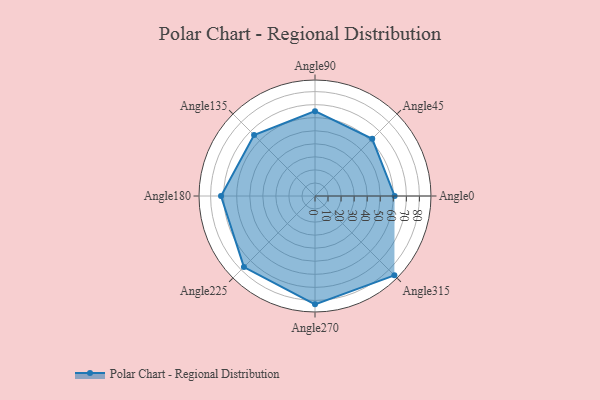
{"axis": {"x": "Angle", "y": "Radius"}, "legend": [""], "data": [{"x": "Angle0", "y": 61.0, "type": ""}, {"x": "Angle45", "y": 62.0, "type": ""}, {"x": "Angle90", "y": 65.0, "type": ""}, {"x": "Angle135", "y": 66.0, "type": ""}, {"x": "Angle180", "y": 72.0, "type": ""}, {"x": "Angle225", "y": 77.0, "type": ""}, {"x": "Angle270", "y": 83.0, "type": ""}, {"x": "Angle315", "y": 86.0, "type": ""}]}